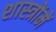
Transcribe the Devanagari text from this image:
शास्‍त्रोंमें